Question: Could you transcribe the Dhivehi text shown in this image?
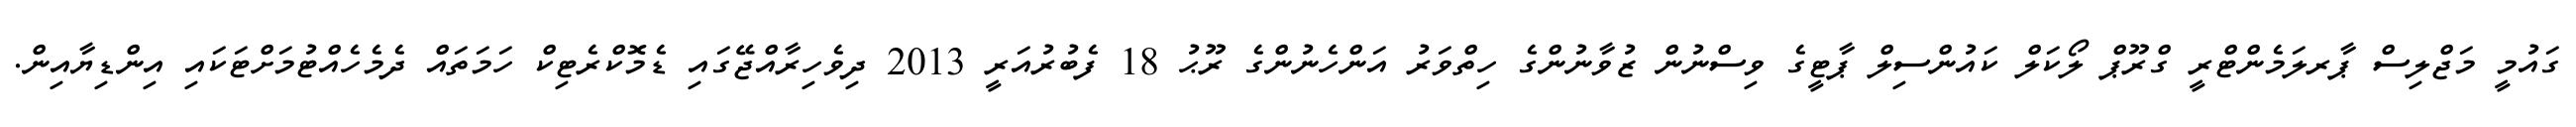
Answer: ގައުމީ މަޖްލިސް ޕާރލަމެންޓްރީ ގްރޫޕް ލޯކަލް ކައުންސިލް ޕާޓީގެ ވިސްނުން ޒުވާނުންގެ ހިތްވަރު އަންހެނުންގެ ރޫޙު 18 ފެބުރުއަރީ 2013 ދިވެހިރާއްޖޭގައި ޑެމޮކްރެޓިކް ހަމަތައް ދެމެހެއްޓުމަށްޓަކައި އިންޑިޔާއިން.